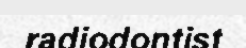
radiodontist